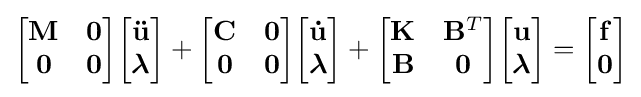
\mathbf {\begin{bmatrix}\mathbf {M} &\mathbf {0} \\\mathbf {0} &\mathbf {0} \end{bmatrix}} {\begin{bmatrix}\mathbf {\ddot {u}} \\{\boldsymbol {\lambda }}\end{bmatrix}}+{\begin{bmatrix}\mathbf {C} &\mathbf {0} \\\mathbf {0} &\mathbf {0} \end{bmatrix}}{\begin{bmatrix}\mathbf {\dot {u}} \\{\boldsymbol {\lambda }}\end{bmatrix}}+{\begin{bmatrix}\mathbf {K} &\mathbf {B} ^{T}\\\mathbf {B} &\mathbf {0} \end{bmatrix}}{\begin{bmatrix}\mathbf {u} \\{\boldsymbol {\lambda }}\end{bmatrix}}={\begin{bmatrix}\mathbf {f} \\\mathbf {0} \end{bmatrix}}